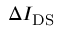
\Delta I _ { \mathrm { D S } }